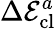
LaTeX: \Delta\mathcal{E}_{\mathrm{cl}}^{a}